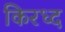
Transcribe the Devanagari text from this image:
किरध्द